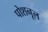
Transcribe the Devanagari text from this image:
पोशनूल